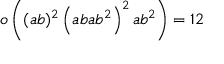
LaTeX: o \left( ( a b ) ^ { 2 } \left( a b a b ^ { 2 } \right) ^ { 2 } a b ^ { 2 } \right) = 1 2